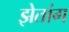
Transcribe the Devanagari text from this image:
झेतांग